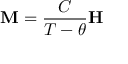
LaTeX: \mathbf { M } = { \frac { C } { T - \theta } } \mathbf { H }